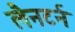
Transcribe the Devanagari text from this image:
लैनटर्न